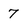
Character: 7